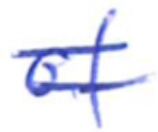
Text: of
Cross-out: double-line
Writing tool: ballpoint